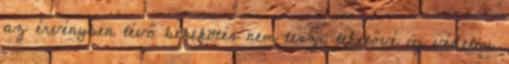
az érvényben lévő békekötés nem teszi lehetővé új védelmi